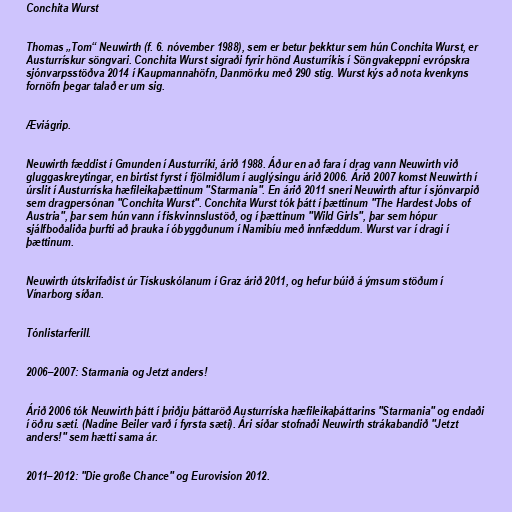
Conchita Wurst

Thomas „Tom“ Neuwirth (f. 6. nóvember 1988), sem er betur þekktur sem hún Conchita Wurst, er
Austurrískur söngvari. Conchita Wurst sigraði fyrir hönd Austurríkis í Söngvakeppni evrópskra
sjónvarpsstöðva 2014 í Kaupmannahöfn, Danmörku með 290 stig. Wurst kýs að nota kvenkyns
fornöfn þegar talað er um sig.

Æviágrip.

Neuwirth fæddist í Gmunden í Austurríki, árið 1988. Áður en að fara í drag vann Neuwirth við
gluggaskreytingar, en birtist fyrst í fjölmiðlum í auglýsingu árið 2006. Árið 2007 komst Neuwirth í
úrslit í Austurríska hæfileikaþættinum "Starmania". En árið 2011 sneri Neuwirth aftur í sjónvarpið
sem dragpersónan "Conchita Wurst". Conchita Wurst tók þátt í þættinum "The Hardest Jobs of
Austria", þar sem hún vann í fiskvinnslustöð, og í þættinum "Wild Girls", þar sem hópur
sjálfboðaliða þurfti að þrauka í óbyggðunum í Namibíu með innfæddum. Wurst var í dragi í
þættinum.

Neuwirth útskrifaðist úr Tískuskólanum í Graz árið 2011, og hefur búið á ýmsum stöðum í
Vínarborg síðan.

Tónlistarferill.

2006–2007: Starmania og Jetzt anders!

Árið 2006 tók Neuwirth þátt í þriðju þáttaröð Austurríska hæfileikaþáttarins "Starmania" og endaði
í öðru sæti. (Nadine Beiler varð í fyrsta sæti). Ári síðar stofnaði Neuwirth strákabandið "Jetzt
anders!" sem hætti sama ár.

2011–2012: "Die große Chance" og Eurovision 2012.